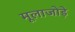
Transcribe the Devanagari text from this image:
मूलाजोड़े